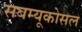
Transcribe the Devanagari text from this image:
सबम्‍यूकोसल